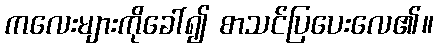
ကလေးများကိုခေါ်၍ စာသင်ပြပေးလေ၏။